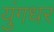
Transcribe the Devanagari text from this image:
युंगधर